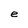
Character: e